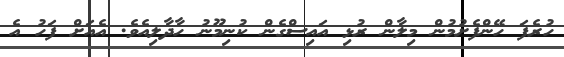
ހުރެފަ ހޭންފެށުމުން މިލާން ރުޅި އައިސްގެން ކުނިމޫނު ހާދާލިއެވެ. އެއަށް ފަހު އެ